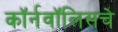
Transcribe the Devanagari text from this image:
कॉर्नवॉलिसचे